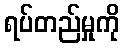
ရပ်တည်မှုကို